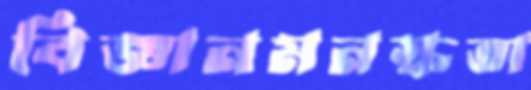
বিজ্ঞানমনস্কতা